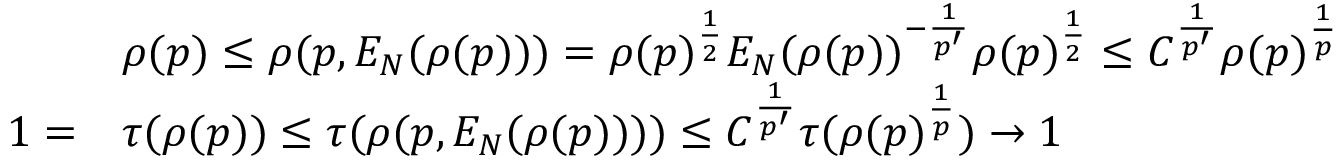
\begin{array} { r l } & { \rho ( p ) \le \rho ( p , E _ { N } ( \rho ( p ) ) ) = \rho ( p ) ^ { \frac 1 2 } E _ { N } ( \rho ( p ) ) ^ { - \frac { 1 } { p ^ { \prime } } } \rho ( p ) ^ { \frac 1 2 } \le C ^ { \frac { 1 } { p ^ { \prime } } } \rho ( p ) ^ { \frac { 1 } { p } } } \\ { 1 = } & { \tau ( \rho ( p ) ) \le \tau ( \rho ( p , E _ { N } ( \rho ( p ) ) ) ) \le C ^ { \frac { 1 } { p ^ { \prime } } } \tau ( \rho ( p ) ^ { \frac { 1 } { p } } ) \to 1 } \end{array}